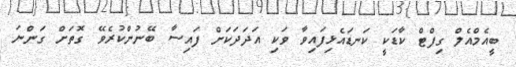
ބީއެމްއެލް ގިފްޓް ކާޑަކީ ކަނޑައެޅިފައިވާ ވަކި އަދަދަކަށް ފައިސާ ބޭނުންކުރެވޭ ގޮތަށް ގަންނަ